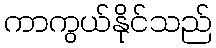
ကာကွယ်နိုင်သည်